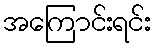
အကြောင်းရင်း